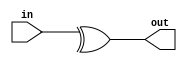
module sparc_ifu_par32 (/*AUTOARG*/
   // Outputs
   out, 
   // Inputs
   in
   );

   input [31:0] in;
   output 	out;

   assign  out = (^in[31:0]);

endmodule